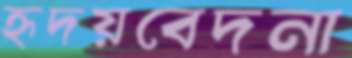
হৃদয়বেদনা